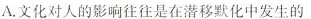
A.文化对人的影响往往是在潜移默化中发生的